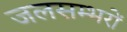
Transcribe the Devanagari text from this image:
जलसम्भरों